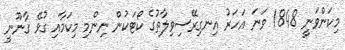
މިކަންވަނީ 1848 ވަނަ އަހަރު އިނގިރޭސިވިލާތުގެ ކޯޓަކުން ނިންމި މިކަމާއި ގުޅޭ ގާނޫނީ